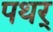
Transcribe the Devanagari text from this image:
पथर्